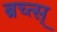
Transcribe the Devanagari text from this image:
ब्रच्त्स्